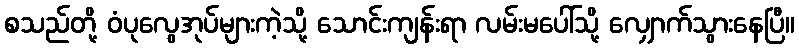
စသည်တို့ ဝံပုလွေအုပ်များကဲ့သို့ သောင်းကျန်းရာ လမ်းမပေါ်သို့ လျှောက်သွားနေပြီ။